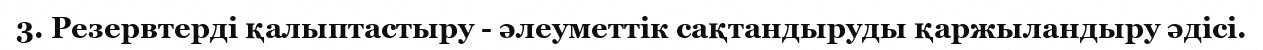
3. Резервтерді қалыптастыру - әлеуметтік сақтандыруды қаржыландыру әдісі.